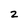
Character: 2